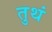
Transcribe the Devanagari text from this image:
तुथं